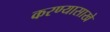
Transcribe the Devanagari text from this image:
करण्यासाखे